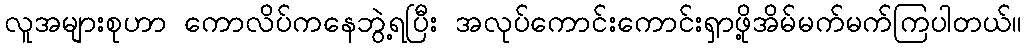
လူအများစုဟာ ကောလိပ်ကနေဘွဲ့ရပြီး အလုပ်ကောင်းကောင်းရှာဖို့အိမ်မက်မက်ကြပါတယ်။